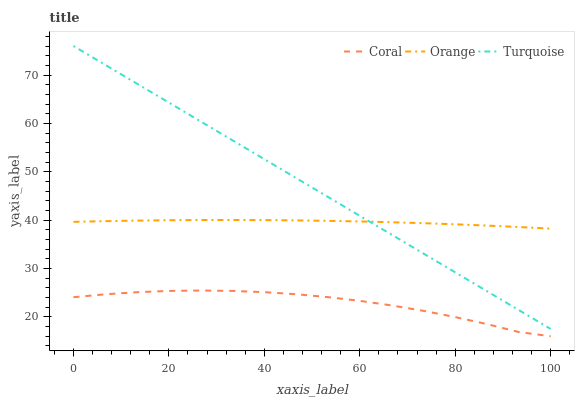
| xaxis_label | Coral | Orange | Turquoise |
 | --- | --- | --- | --- |
 | 0 | 24.1 | 39.7 | 76 |
 | 6.67 | 24.7 | 39.8 | 72.1 |
 | 13.3 | 25.1 | 39.9 | 68.2 |
 | 20 | 25.4 | 40 | 64.3 |
 | 26.7 | 25.5 | 40 | 60.4 |
 | 33.3 | 25.4 | 40 | 56.5 |
 | 40 | 25.1 | 40 | 52.6 |
 | 46.7 | 24.7 | 40 | 48.7 |
 | 53.3 | 24.1 | 39.9 | 44.8 |
 | 60 | 23.3 | 39.7 | 40.9 |
 | 66.7 | 22.4 | 39.6 | 37 |
 | 73.3 | 21.3 | 39.4 | 33.1 |
 | 80 | 20 | 39.1 | 29.2 |
 | 86.7 | 18.5 | 38.9 | 25.3 |
 | 93.3 | 16.9 | 38.6 | 21.4 |
 | 100 | 16 | 38.2 | 17.5 |